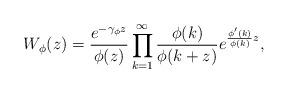
LaTeX: \begin{align*}W_\phi(z)=\frac{e^{-\gamma_{\phi}z}}{\phi(z)}\prod_{k=1}^{\infty}\frac{\phi(k)}{\phi(k+z)}e^{\frac{\phi'(k)}{\phi(k)}z},\end{align*}